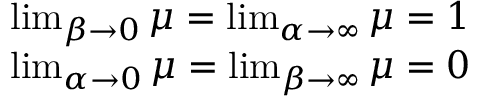
\begin{array} { r } { \operatorname* { l i m } _ { \beta \to 0 } \mu = \operatorname* { l i m } _ { \alpha \to \infty } \mu = 1 } \\ { \operatorname* { l i m } _ { \alpha \to 0 } \mu = \operatorname* { l i m } _ { \beta \to \infty } \mu = 0 } \end{array}